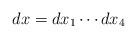
LaTeX: \begin{align*} dx = dx_1 \cdots dx_4\end{align*}